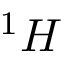
^ { 1 } H